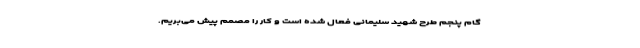
گام پنجم طرح شهید سلیمانی فعال شده است و کار را مصمم پیش می‌بریم.